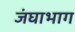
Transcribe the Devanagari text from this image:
जंघाभाग